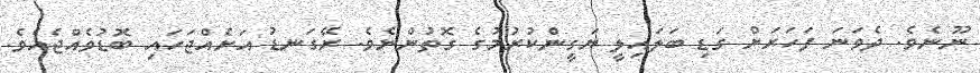
ނޫނެވެ. ދެވަނަ ފަހަރަށް ގަޑި ބަލައިލީ ޔަގީންކުރުމުގެ ގޮތުންނެވެ. ރޭގަނޑު އަށެއްޖަހައި ބޮޑުވެއްޖެއެވެ.